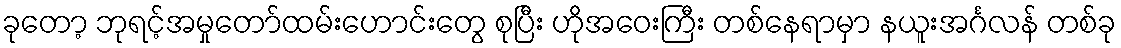
ခုတော့ ဘုရင့်အမှုတော်ထမ်းဟောင်းတွေ စုပြီး ဟိုအဝေးကြီး တစ်နေရာမှာ နယူးအင်္ဂလန် တစ်ခု